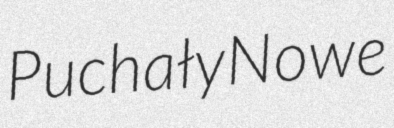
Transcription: Puchały Nowe